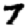
Digit: 7